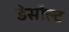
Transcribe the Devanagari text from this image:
डेसौल्ट